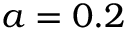
a = 0 . 2